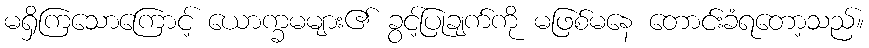
မရှိကြသောကြောင့် ယောက္ခမများ၏ ခွင့်ပြုချက်ကို မဖြစ်မနေ တောင်းခံရတော့သည်။